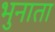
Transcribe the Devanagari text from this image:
भुनाता